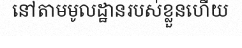
នៅតាមមូលដ្ឋានរបស់ខ្លួនហើយ